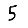
Digit: 5